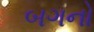
બગનો